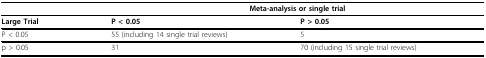
<table><thead><tr><td></td><td colspan="2"><b>Meta-analysis or single trial</b></td></tr></thead><tbody><tr><td><b>Large Trial</b></td><td><b>P &lt; 0.05</b></td><td><b>P &gt; 0.05</b></td></tr><tr><td>P &lt; 0.05</td><td>55 (including 14 single trial reviews)</td><td>5</td></tr><tr><td>p &gt; 0.05</td><td>31</td><td>70 (including 15 single trial reviews)</td></tr></tbody></table>